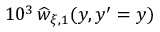
1 0 ^ { 3 } \, \widehat { w } _ { \xi , 1 } ( y , y ^ { \prime } = y )